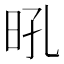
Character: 𭥛